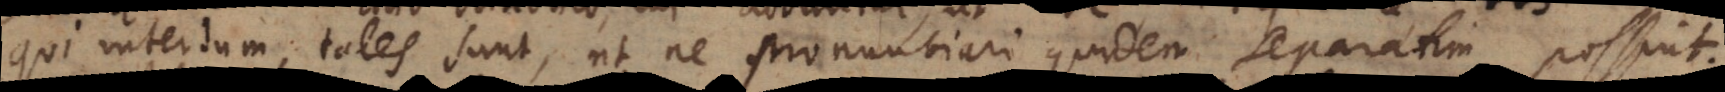
Qui interdum tales sunt, ut ne pronuntiari quidem separatim possint.